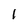
Character: l